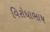
વિરોધાભાષ